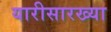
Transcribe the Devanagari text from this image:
यारीसारख्या